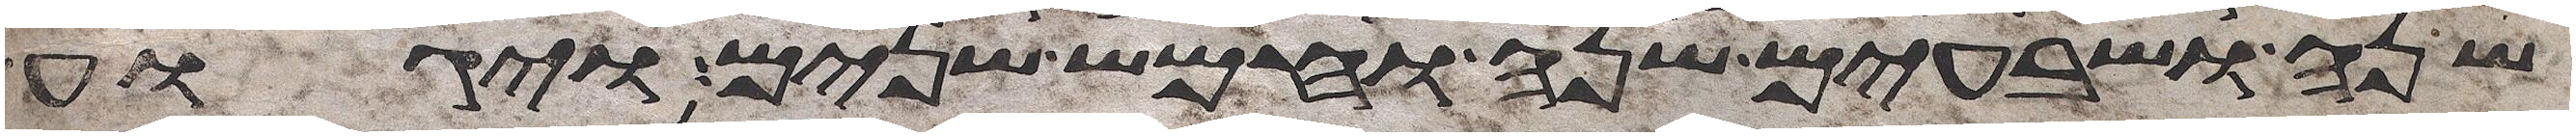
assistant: שנה ושבעים שנה וחמש שנים ויגוע